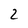
Character: 2